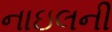
નાઇલની